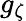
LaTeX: g_{\zeta}